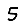
Digit: 5